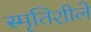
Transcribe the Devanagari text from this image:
स्मृतिशीले